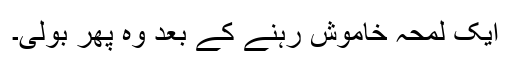
ایک لمحہ خاموش رہنے کے بعد وہ پھر بولی۔